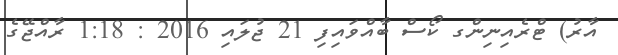
އާރު) ޓްރެއިނިންގ ކޯސް ބާއްވައިފި 21 ޖުލައި 2016 : 1:18 ރާއްޖޭގެ